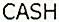
CASH